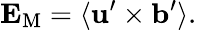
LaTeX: {\mathbf{E}}_{\mathrm{{M}}}=\langle{{\mathbf{u}}^{\prime}\times{\mathbf{b}}^{\prime}}\rangle.